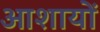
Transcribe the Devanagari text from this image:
आशायों